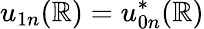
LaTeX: u_{1n}(\mathbb{R})=u_{0n}^{*}(\mathbb{R})